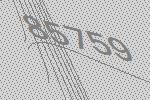
85759